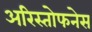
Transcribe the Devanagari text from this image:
अरिस्तोफनेस